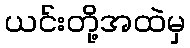
ယင်းတို့အထဲမှ